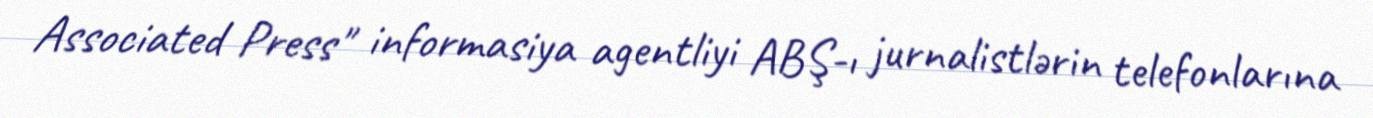
Associated Press" informasiya agentliyi ABŞ-ı jurnalistlərin telefonlarına